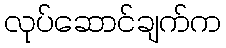
လုပ်ဆောင်ချက်က